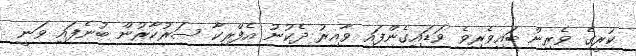
ކުރީގެ ވެރިން ބައިވެރިވެ ވަޑައިގެންފައި ވާއިރު ދެކުނު އެފްރިކާ ސަރުކާރުން ބުނެފައި ވަނީ